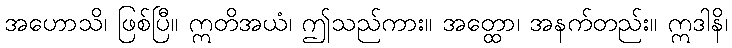
အဟောသိ၊ ဖြစ်ပြီ။ ဣတိအယံ၊ ဤသည်ကား။ အတ္ထော၊ အနက်တည်း။ ဣဒါနိ၊